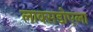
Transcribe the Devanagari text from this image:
लाक्सडोएला